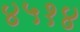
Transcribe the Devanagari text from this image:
४५१४